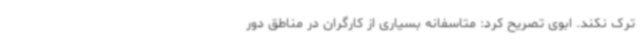
ترک نکند. ابوی تصریح کرد: متاسفانه بسیاری از کارگران در مناطق دور